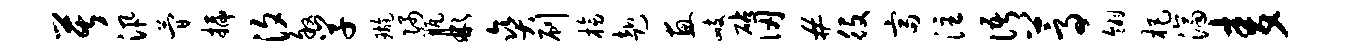
苦汛简插汐叙学璇隅瓶彬爽刷榜赴惠峙砧仞#役富注语蒿翎杷济麦